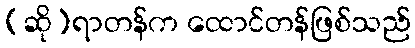
(ဆို)ရာတန်က ထောင်တန်ဖြစ်သည်